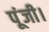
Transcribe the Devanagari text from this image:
पूंजी।